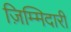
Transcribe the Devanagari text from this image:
ज़िम्मिदारी